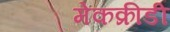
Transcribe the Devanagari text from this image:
मेकक्रीडी